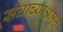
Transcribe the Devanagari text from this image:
संघाच्याअमृत